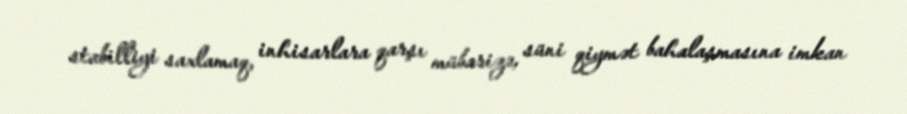
stabilliyi saxlamaq, inhisarlara qarşı mübarizə, süni qiymət bahalaşmasına imkan